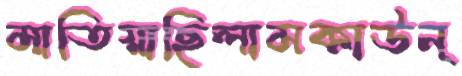
মাতিয়াছিলামকাউন্